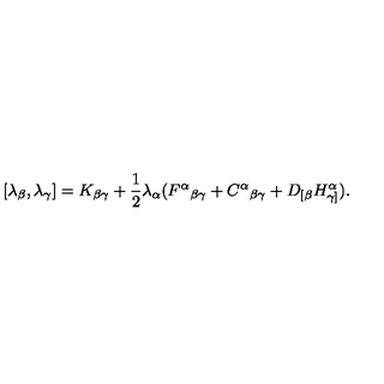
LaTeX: [ \lambda _ { \beta } , \lambda _ { \gamma } ] = K _ { \beta \gamma } + \frac 1 2 \lambda _ { \alpha } ( F ^ { \alpha } { } _ { \beta \gamma } + C ^ { \alpha } { } _ { \beta \gamma } + D _ { [ \beta } H _ { \gamma ] } ^ { \alpha } ) .